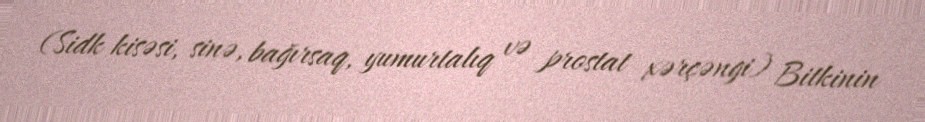
(Sidk kisəsi, sinə, bağırsaq, yumurtalıq və prostat xərçəngi) Bitkinin